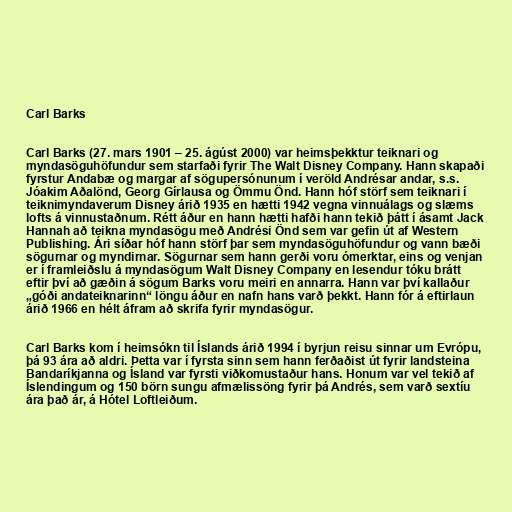
Carl Barks

Carl Barks (27. mars 1901 – 25. ágúst 2000) var heimsþekktur teiknari og
myndasöguhöfundur sem starfaði fyrir The Walt Disney Company. Hann skapaði
fyrstur Andabæ og margar af sögupersónunum í veröld Andrésar andar, s.s.
Jóakim Aðalönd, Georg Gírlausa og Ömmu Önd. Hann hóf störf sem teiknari í
teiknimyndaverum Disney árið 1935 en hætti 1942 vegna vinnuálags og slæms
lofts á vinnustaðnum. Rétt áður en hann hætti hafði hann tekið þátt í ásamt Jack
Hannah að teikna myndasögu með Andrési Önd sem var gefin út af Western
Publishing. Ári síðar hóf hann störf þar sem myndasöguhöfundur og vann bæði
sögurnar og myndirnar. Sögurnar sem hann gerði voru ómerktar, eins og venjan
er í framleiðslu á myndasögum Walt Disney Company en lesendur tóku brátt
eftir því að gæðin á sögum Barks voru meiri en annarra. Hann var því kallaður
„góði andateiknarinn“ löngu áður en nafn hans varð þekkt. Hann fór á eftirlaun
árið 1966 en hélt áfram að skrifa fyrir myndasögur.

Carl Barks kom í heimsókn til Íslands árið 1994 í byrjun reisu sinnar um Evrópu,
þá 93 ára að aldri. Þetta var í fyrsta sinn sem hann ferðaðist út fyrir landsteina
Bandaríkjanna og Ísland var fyrsti viðkomustaður hans. Honum var vel tekið af
Íslendingum og 150 börn sungu afmælissöng fyrir þá Andrés, sem varð sextíu
ára það ár, á Hótel Loftleiðum.